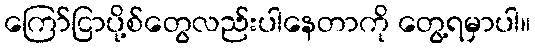
ကြော်ငြာပို့စ်တွေလည်းပါနေတာကို တွေ့ရမှာပါ။